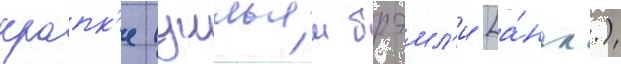
крапк'е (уильям брэмл'и [а́нгл.)